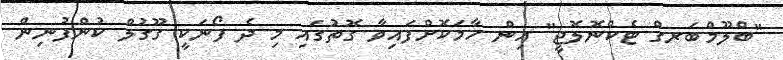
"ބްލޫމްބަރގް ޓެކްނޮލޮޖީ" އިން ހާމަކޮށްފައިވާ ގޮތުގައި މި ދެ ފޯނަކީ ގޫގުލް ކުންފުނިން